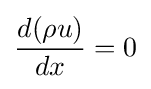
{d(\rho u) \over dx}=0